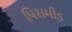
પિરામીડ